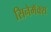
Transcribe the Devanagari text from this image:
सिनेमॅक्स